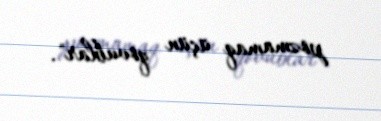
pozmamaq üçün qovublar".